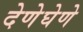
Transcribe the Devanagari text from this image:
देणेघेणे